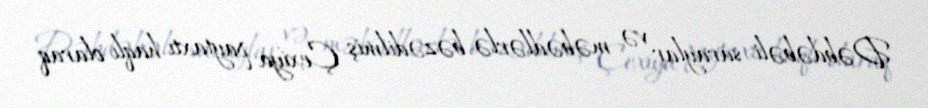
Dəbdəbəli saraylar və məbədlərlə bəzədilmiş Çexiya paytaxtı haqlı olaraq